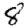
Digit: 8